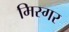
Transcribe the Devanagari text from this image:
मिस्गर